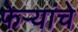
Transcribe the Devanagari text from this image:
फेऱ्यांचे